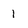
Character: 1